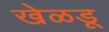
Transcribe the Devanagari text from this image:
खेळडू